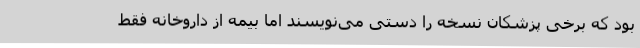
بود که برخی پزشکان نسخه را دستی می‌نویسند اما بیمه از داروخانه فقط